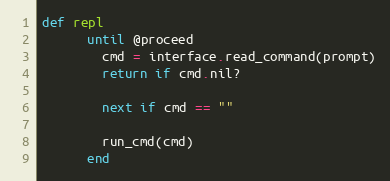
Language: Ruby
def repl
      until @proceed
        cmd = interface.read_command(prompt)
        return if cmd.nil?

        next if cmd == ""

        run_cmd(cmd)
      end